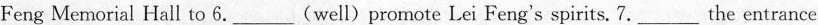
Feng Memorial Hall to 6.___(well)promote Lei Feng's spirits. 7.___the entrance